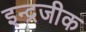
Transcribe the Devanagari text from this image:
इन्द्रजीक